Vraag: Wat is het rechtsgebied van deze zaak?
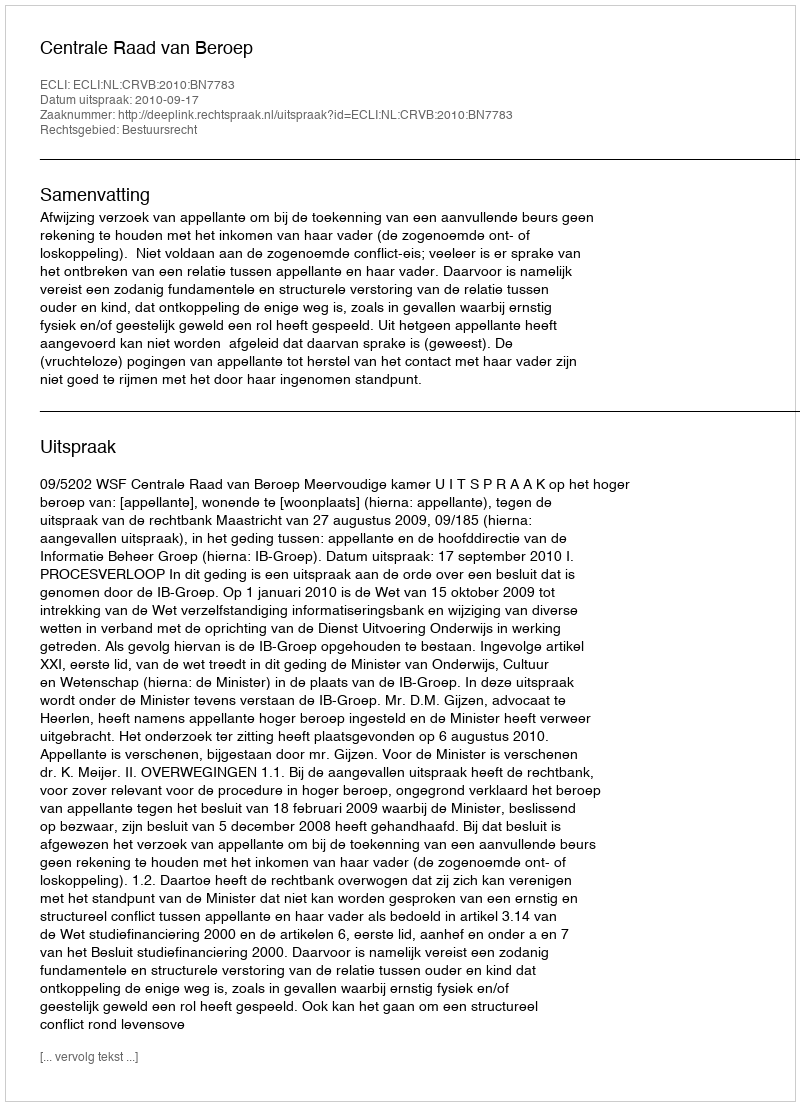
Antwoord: Bestuursrecht